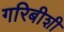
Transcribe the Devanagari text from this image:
गरिबीशी